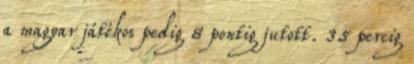
a magyar játékos pedig 8 pontig jutott. 35 percig